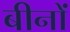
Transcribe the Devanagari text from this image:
बीनों